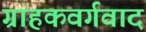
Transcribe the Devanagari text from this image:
ग्राहकवर्गवाद